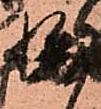
悔